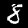
Digit: 8